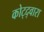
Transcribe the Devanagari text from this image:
कोट्द्वारा